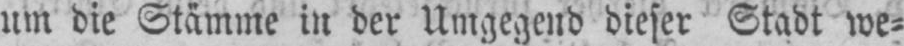
um die Stämme in der Umgegend dieser Stadt we⸗